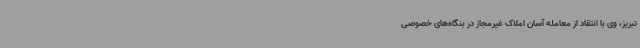
تبریز، وی با انتقاد از معامله آسان املاک غیرمجاز در بنگاه‌های خصوصی